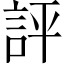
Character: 評